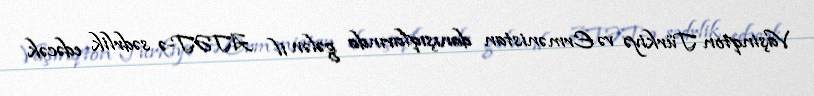
Vaşinqton Türkiyə və Ermənistan danışıqlarında gələn il ATƏT-ə sədrlik edəcək